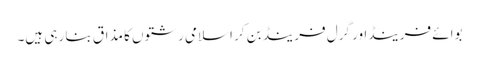
بوائے فرینڈاور گرل فرینڈ بن کر اسلامی رشتوں کا مذاق بنا رہی ہیں۔